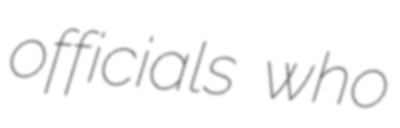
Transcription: officials who